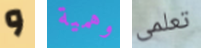
و وهمية تعلمى